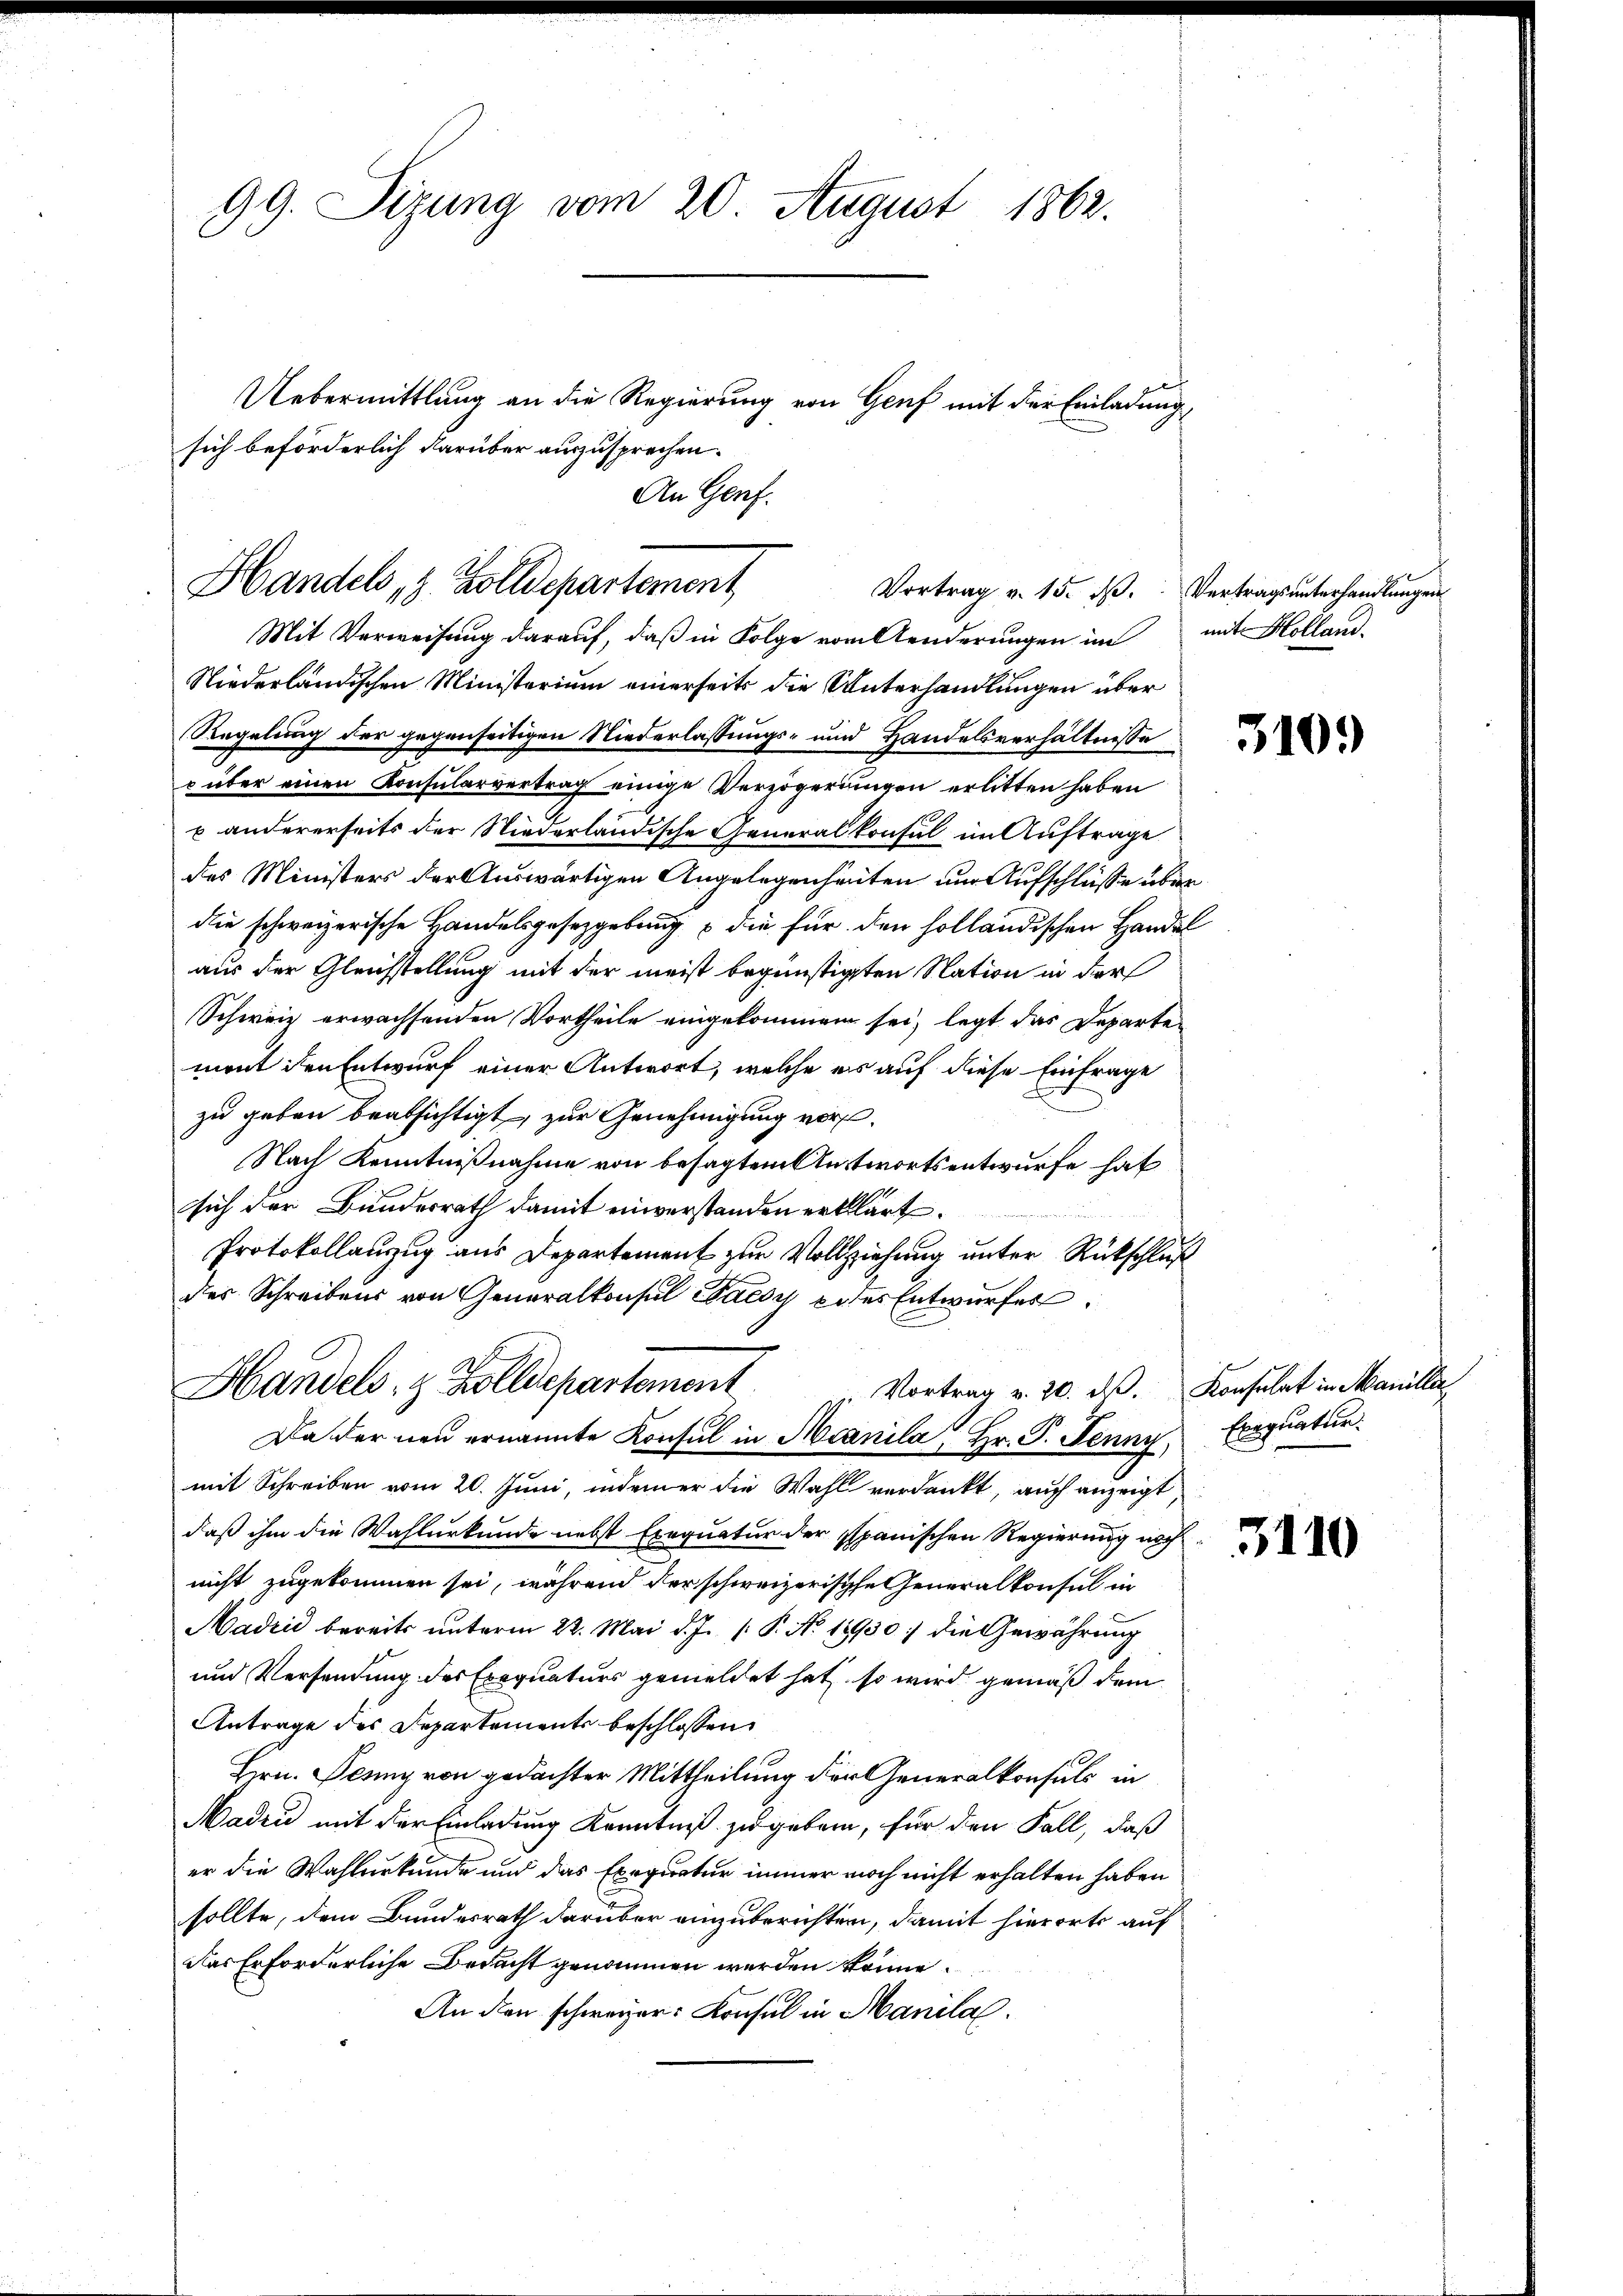
99. Sizung vom 20. August 1862.

Handels, z. Zolldepartement
Vortrag v. 15. d.

sich beförderlich darüber auszusprechen.

Uebermittlung an die Regierung von Genf mit der Einladung,
An Genf.

Mit Verweisung darauf, daß in Folge von Aenderungen im
Niederländischen Ministerium einerseits die Unterhandlungen über
Regelung der gegenseitigen Niederlassungs- und Handelsverhältnisse
o über einen Konsularvertrag einige Verzögerungen erlitten haben
u andererseits der Niederländische Generalkonsul im Auftrage
des Ministers der Auswärtigen Angelegenheiten um Aufschlüsse über
die schweizerische Handelsgesetzgebung die für den holländischen Handel
aus der Gleichstellung mit der meist begünstigten Nation in dar
Schweiz erwachsenden Vortheile eingekommen sei, legt das Departemont den Entwurf einer Antwort, welche er auf diese Einfrage
zu geben beabsichtigt, zur Genehmigung vor.
Nach Kenntnißnahme von besagtem Antwortsentwurfe hat
sich der Bundesrath damit einverstanden erklärt.
Protokollauszug aus Departement zur Vollziehung unter Rückschluß
des Schreibens von Generalkonsul Bacsy e des Entwurfes
Handels- & Zolldepartement
Vortrag v. 20. d. Konsulat in Manilli
Da er neu ernannte Konsul in Manila Hr. P. Jenny Exequatur.
mit Schreiben vom 20. Juni, indemer die Wahl verdankt, auch anzeigt
daß ihm die Wahlurkunde nebst Exequatur der spanischen Regierung nach
nicht zugekommen sei, während der schweizerische eneralkonsul in
Madzić bereits unterm 22. Mai d. J. P. No. 18930; die Gewährung
und Versendung des Exequaturs gemeldet hat, so wird gemäß dem
Antrage des Departements beschlossen,
Hrn. Jenny von gedachter Mittheilung der Generalkonsuls in
Maden mit der Einladung Kenntniß zu geben, für den Fall, daß
er die Wahlurkunde und das Exequatur immer noch nicht erhalten haben
sollte, dem Bundesrath darüber einzuberichten, damit hierorts auf
das Erforderliche Bedacht genommen werden könne.
An den schwerer Konsul in Manila

Vertrags unterhandlungen
mit Holland.

5109

3110